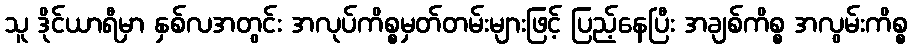
သူ ဒိုင်ယာရီမှာ နှစ်လအတွင်း အလုပ်ကိစ္စမှတ်တမ်းများဖြင့် ပြည့်နေပြီး အချစ်ကိစ္စ အလွမ်းကိစ္စ